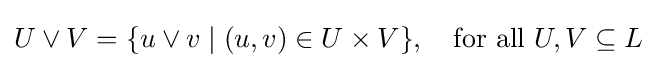
U\vee V=\{u\vee v\mid (u,v)\in U\times V\},\quad {\text{for all }}U,V\subseteq L